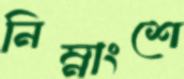
নিম্নাংশে